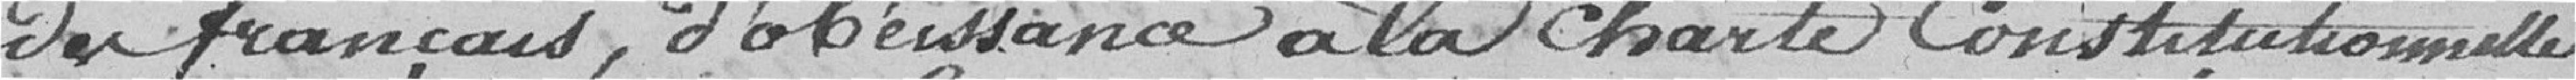
des français, d'obéissance à la charte constitutionnelle